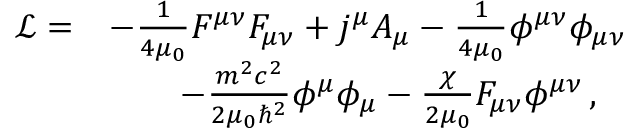
\begin{array} { r l } { \mathcal L = } & { - \frac { 1 } { 4 \mu _ { 0 } } F ^ { \mu \nu } F _ { \mu \nu } + j ^ { \mu } A _ { \mu } - \frac { 1 } { 4 \mu _ { 0 } } \phi ^ { \mu \nu } \phi _ { \mu \nu } } \\ & { \qquad - \frac { m ^ { 2 } c ^ { 2 } } { 2 \mu _ { 0 } \hbar ^ { 2 } } \phi ^ { \mu } \phi _ { \mu } - \frac { \chi } { 2 \mu _ { 0 } } F _ { \mu \nu } \phi ^ { \mu \nu } \, , } \end{array}